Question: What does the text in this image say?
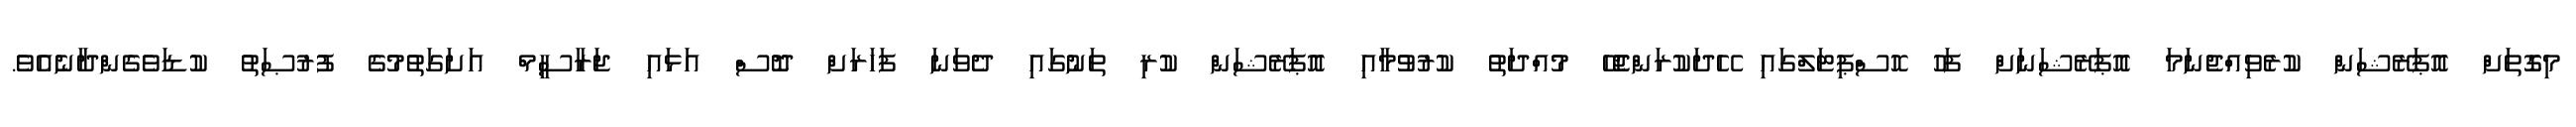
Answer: މިގޮތަށް އޮޕަރޭޝަން ކުރެވިއްޖެނަމަ އޮޕަރޭޝަނަށް ފަހު ހޮސްޕިޓަލްގައި ހޭދަކުރަންޖެހޭ މުއްދަތު ކުރުވުމާއި އޮޕަރޭޝަން ކުރި ތަނުގައި ދެވަނަ ފަހަރަށް ދޮސް އަޅައި ޖަރާސީމް އަށަގަތުމުގެ ފުރުޞަތު ކުޑަވެގެންދާނެއެވެ.